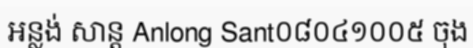
អន្លង់ សាន្ត Anlong Sant០៨០៤១០០៥ ចុង